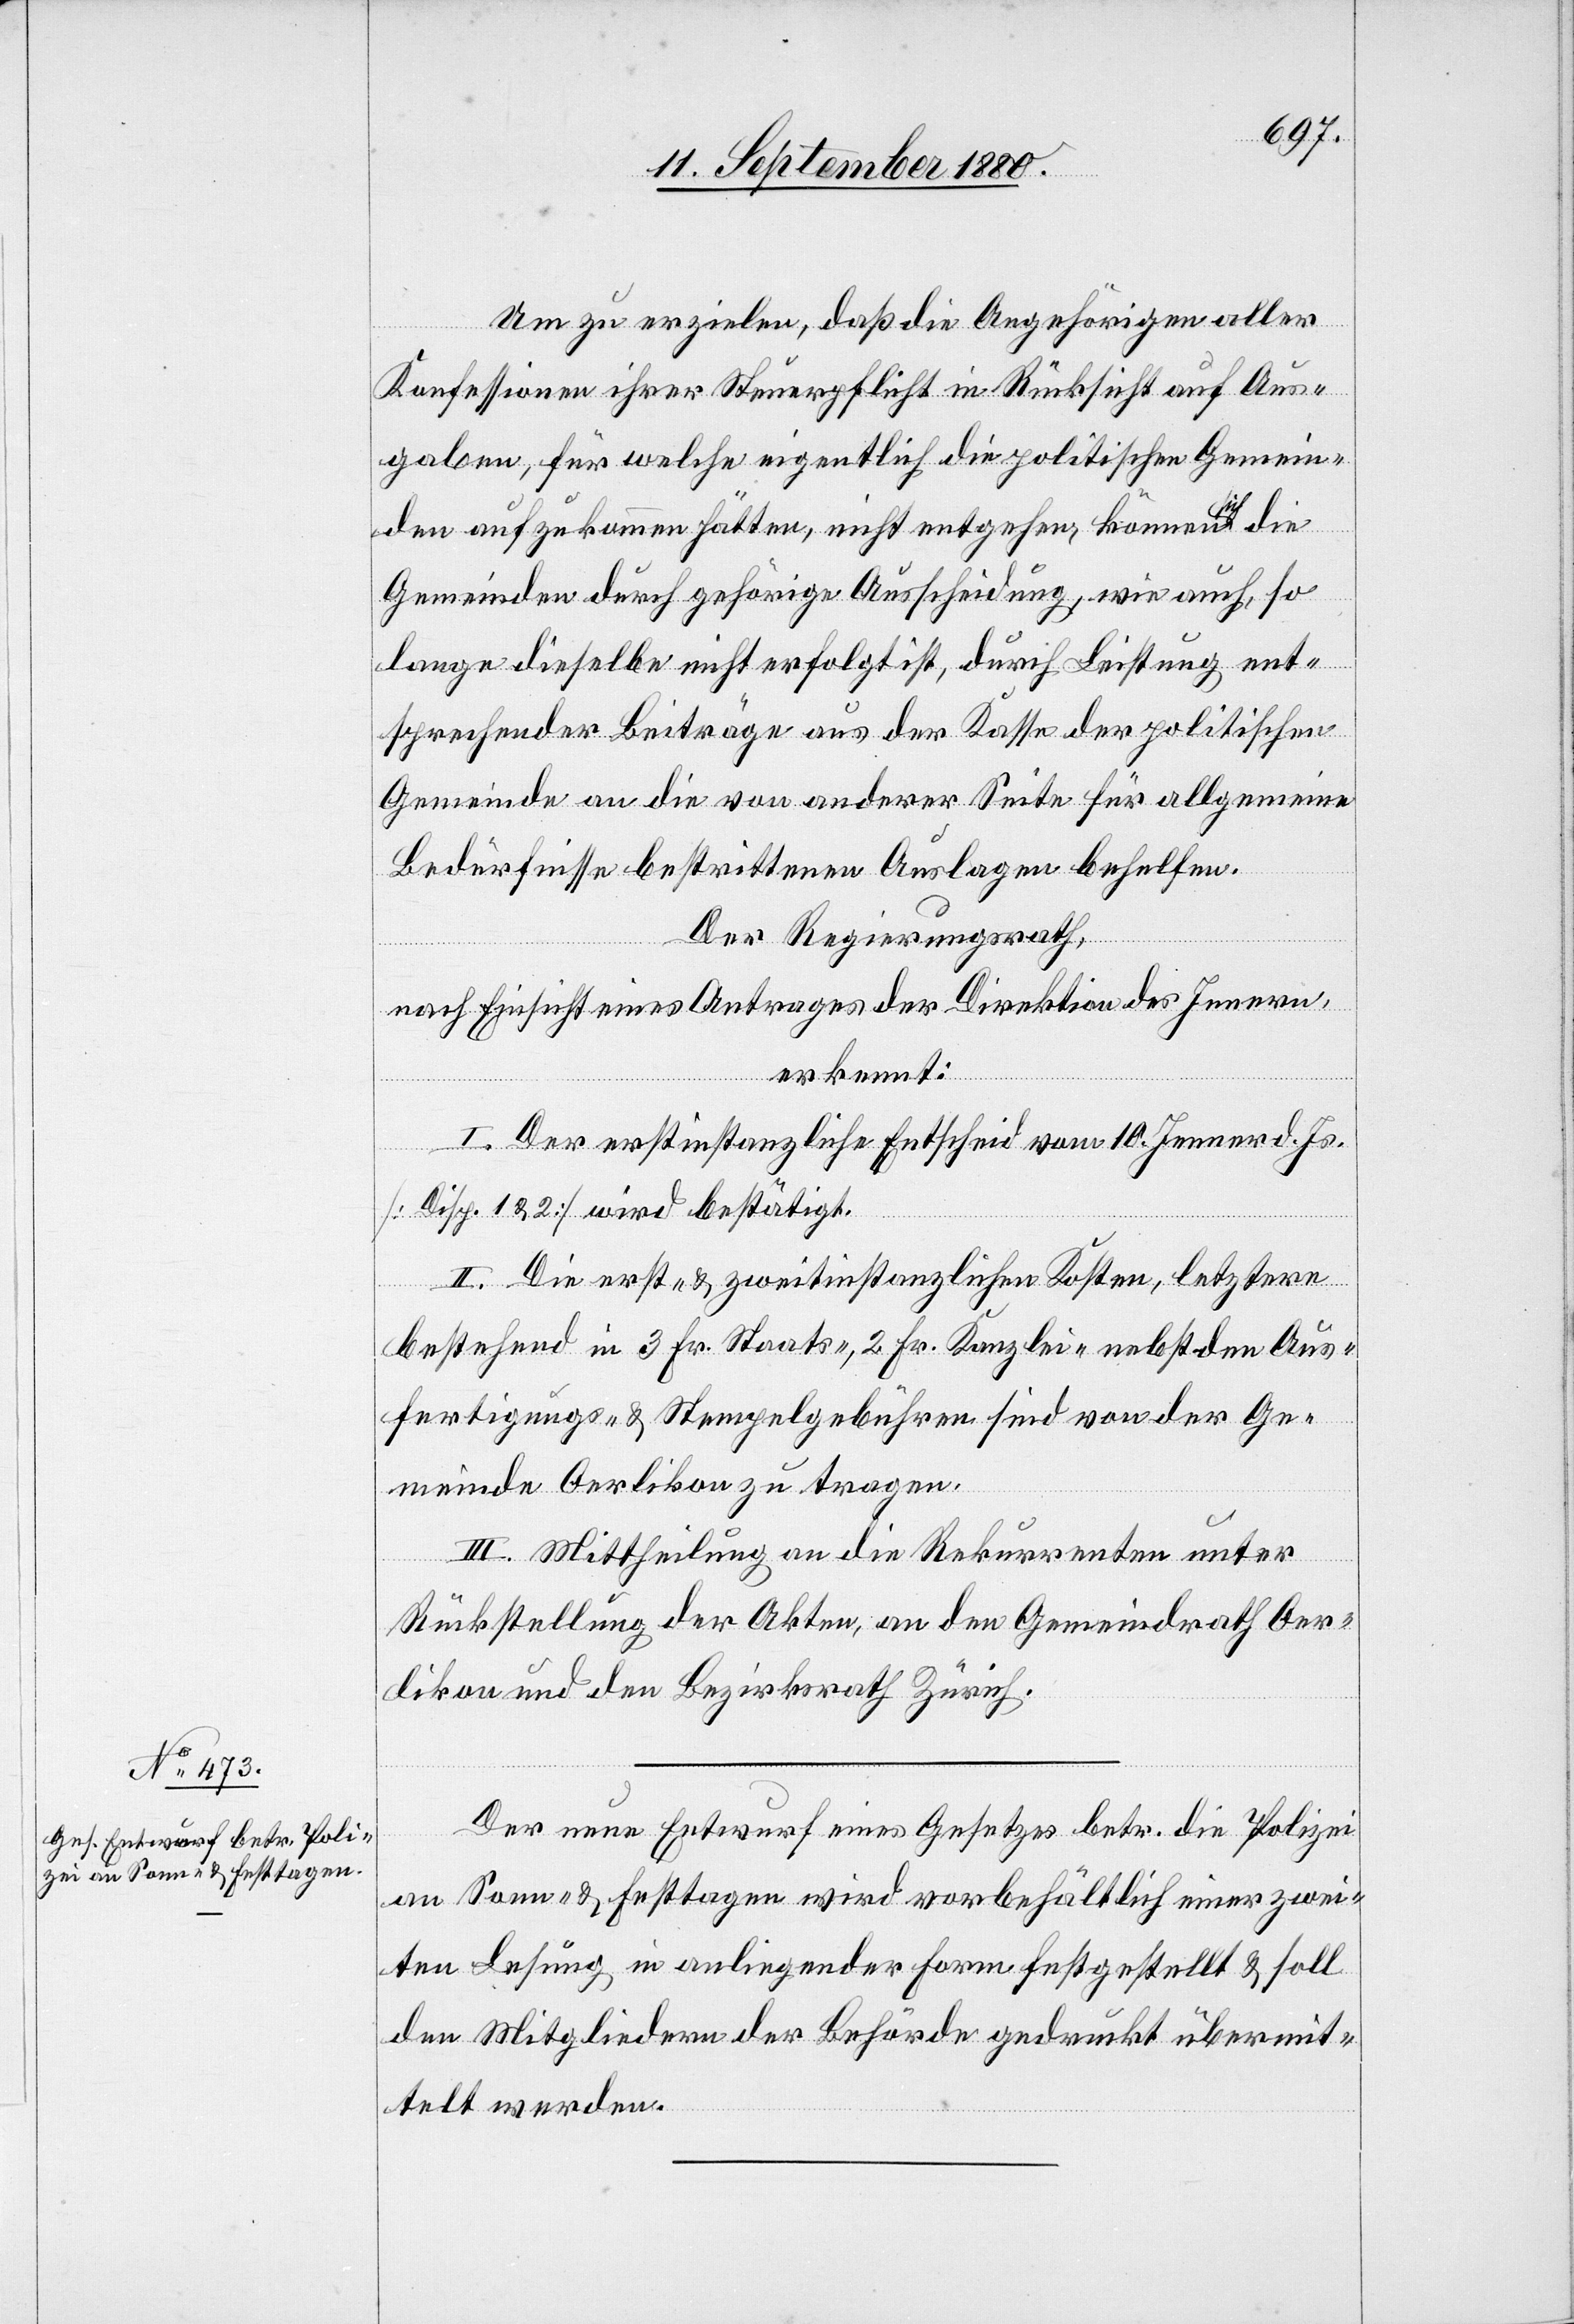
Um zu erzielen, daß die Angehörigen aller
Konfessionen ihrer Steuerpflicht in Rücksicht auf Aus¬
gaben, für welche eigentlich die politischen Gemein¬
den aufzukommen hätten, nicht entgehen, können sich die
Gemeinden durch gehörige Ausscheidung, wie auch, so
lange dieselbe nicht erfolgt ist, durch Leistung ent¬
sprechender Beiträge aus der Kasse der politischen
Gemeinde an die von anderer Seite für allgemeine
Bedürfnisse bestrittene Auslage behelfen.
Der Regierungsrath,
nach Einsicht eines Antrages der Direktion des Innern,
erkennt:
I. Der erstinstanzliche Entscheid vom 10. Jenner d. Js.
[Disp. 1 & 2] wird bestätigt.
II. Die erst- & zweitinstanzlichen Kosten, letztere
bestehend in 3 Fr. Staats-, 2 Fr. Kanzlei- nebst den Aus¬
fertigungs- & Stempelgebühren sind von der Ge¬
meinde Oerlikon zu tragen.
III. Mittheilung an die Rekurrenten unter
Rückstellung der Akten, an den Gemeindrath Oer¬
likon und den Bezirksrath Zürich.
Der neue Entwurf eines Gesetzes betr. die Polizei
an Sonn- & Festtagen wird vorbehältlich einer zwei¬
ten Lesung in anliegender Form festgestellt & soll
den Mitgliedern der Behörde gedruckt übermit¬
telt werden.